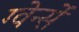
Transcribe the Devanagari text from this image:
ग्वेर्न्से